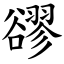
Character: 豂